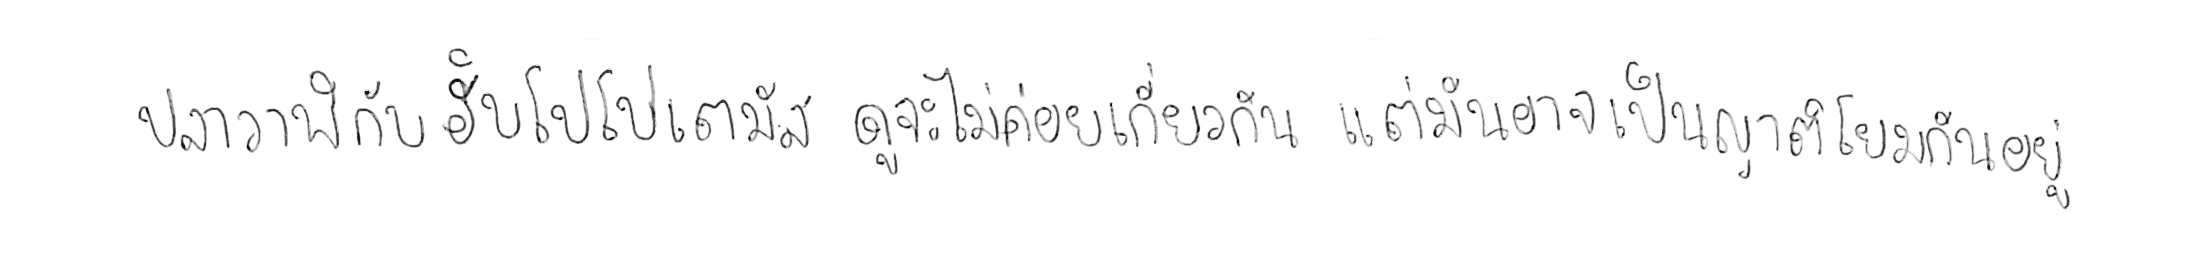
ปลาวาฬ กับ ฮิปโปโปเตมัส ดูจะไม่ค่อยเกี่ยวกัน แต่มันอาจเป็นญาติโยมกันอยู่